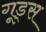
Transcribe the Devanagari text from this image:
गूड्स